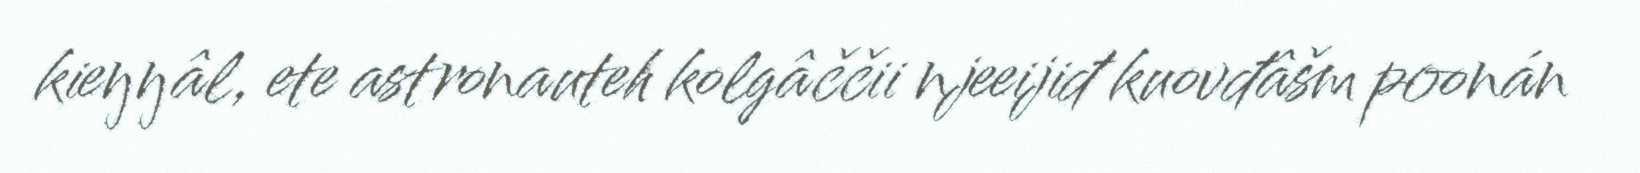
kieŋŋâl, ete astronauteh kolgâččii njeeijiđ kuovđâšm poonán